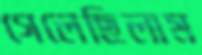
গেলেছিলাম